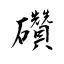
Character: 礸